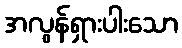
အလွန်ရှားပါးသော